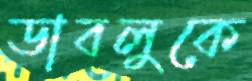
ডাবলুকে